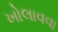
ખોલાવવા